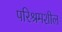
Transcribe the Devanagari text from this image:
परिश्रमशील